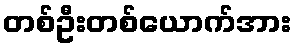
တစ်ဦးတစ်ယောက်အား